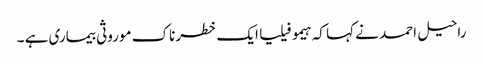
راحیل احمد نے کہا کہ ہیمو فیلیا ایک خطرناک موروثی بیماری ہے ۔